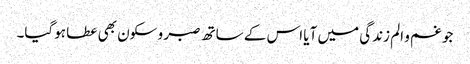
جو غم و الم زندگی میں آیا اس کے ساتھ صبر و سکون بھی عطا ہوگیا۔